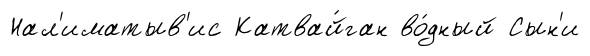
Нал'иматыв'ис Катвай́ган во́дный Сын'и